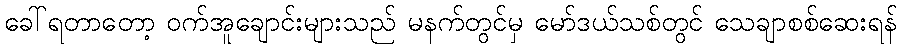
ခေါ်ရတာတော့ ဝက်အူချောင်းများသည် မနက်တွင်မှ မော်ဒယ်သစ်တွင် သေချာစစ်ဆေးရန်